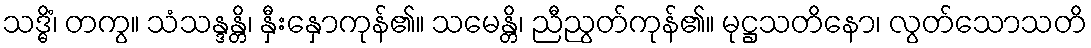
သဒ္ဓိံ၊ တကွ။ သံသန္ဒန္တိ၊ နှီးနှောကုန်၏။ သမေန္တိ၊ ညီညွတ်ကုန်၏။ မုဋ္ဌသတိနော၊ လွတ်သောသတိ